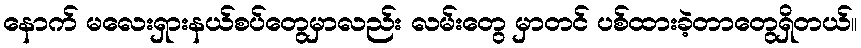
နောက် မလေးရှားနယ်စပ်တွေမှာလည်း လမ်းတွေ မှာတင် ပစ်ထားခဲ့တာတွေရှိတယ်။